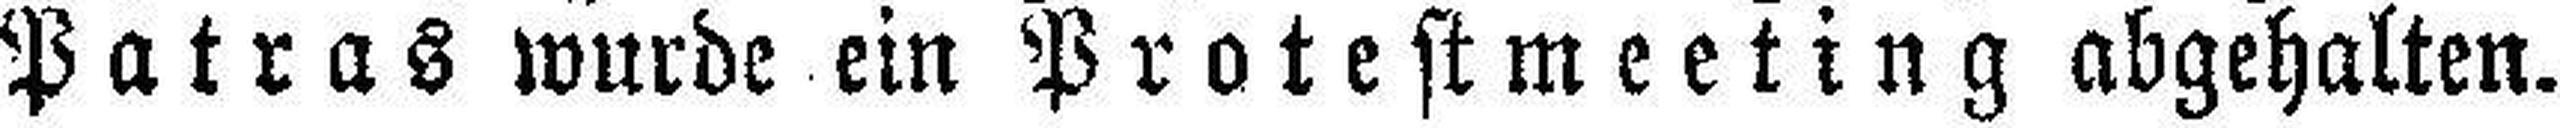
Patras wurde ein Protestmeeting abgehalten.